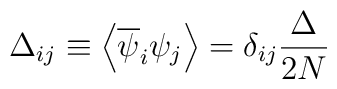
\Delta_{ij}\equiv\left\langle\overline{\psi}_{i}\psi_{j}\right\rangle=\delta_{ij}\frac{\Delta}{2N}